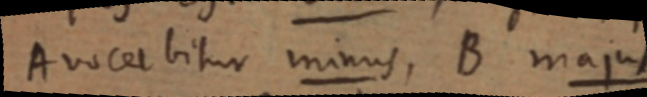
Avocet bitur minus, B majus